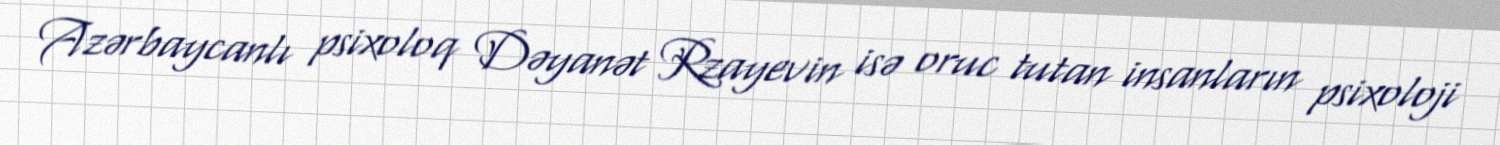
Azərbaycanlı psixoloq Dəyanət Rzayevin isə oruc tutan insanların psixoloji